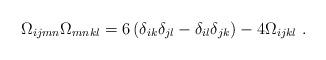
LaTeX: \begin{align*}\Omega_{ijmn} \Omega_{mnkl} = 6 \left( \delta_{ik}\delta_{jl} -\delta_{il}\delta_{jk} \right) - 4 \Omega_{ijkl}~.\end{align*}